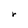
Character: r